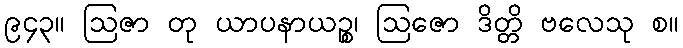
၉၄၃။ ဩဇာ တု ယာပနာယဉ္စ၊ ဩဇော ဒိတ္တိ ဗလေသု စ။